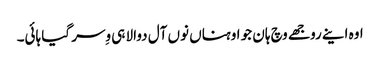
اوہ اینے روجھے وچ ہان جو اوہناں نوں آل دوالا ہی وِسر گیا ہائی۔